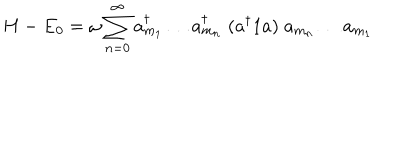
LaTeX: H - E _ { 0 } = \omega \sum _ { n = 0 } ^ { \infty } a _ { m _ { 1 } } ^ { \dagger } \ldots a _ { m _ { n } } ^ { \dagger } \; ( a ^ { \dagger } 1 a ) \; a _ { m _ { n } } \ldots a _ { m _ { 1 } }